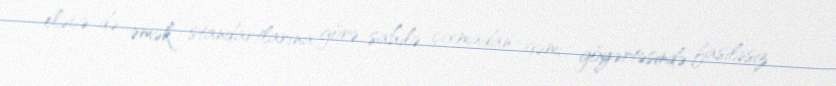
eləcə də əmək standartlarına görə sahilə çıxmadan gəmi göyərtəsində fasiləsiz